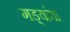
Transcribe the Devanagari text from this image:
गड्यांचा